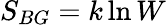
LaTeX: S_{BG}=k\ln W